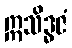
ဣသိဒ္ဓဇံ